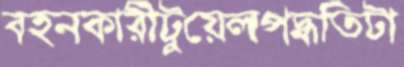
বহনকারীটুয়েলপদ্ধতিটা